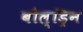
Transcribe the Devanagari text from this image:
बोल्ड्रिन